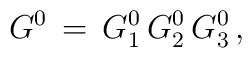
G^0\,=\,G^0_1\,G^0_2\,G^0_3\,,